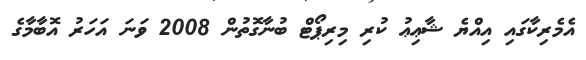
އެމެރިކާގައި އިއްޔެ ޝާޢިޢު ކުރި މިރިޕޯޓް ބުނާގޮތުން 2008 ވަނަ އަހަރު އޮބާމާގެ